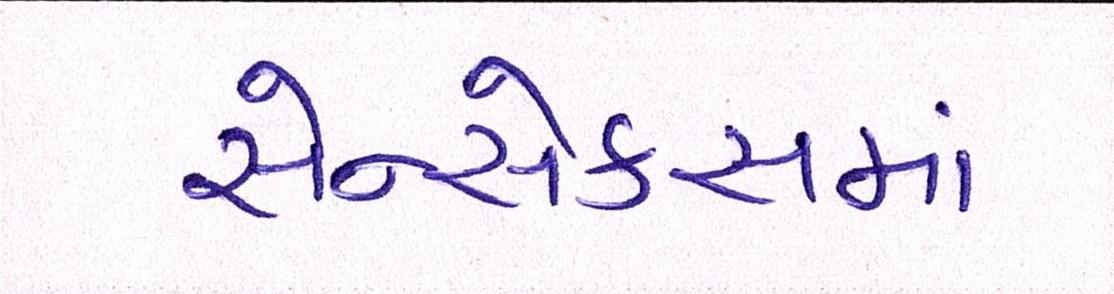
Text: સેન્સેક્સમાં